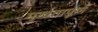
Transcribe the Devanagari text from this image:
मुर्खतापूर्ण